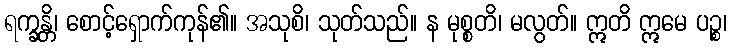
ရက္ခန္တိ၊ စောင့်ရှောက်ကုန်၏။ အသုစိ၊ သုတ်သည်။ န မုစ္စတိ၊ မလွတ်။ ဣတိ ဣမေ ပဉ္စ၊